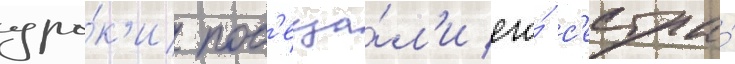
уро́к'и пос'еща́л'и его́ с'естра́